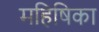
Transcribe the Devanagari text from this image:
महिषिका